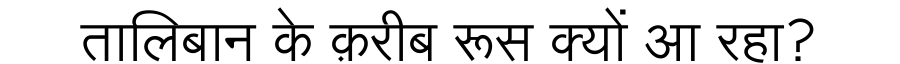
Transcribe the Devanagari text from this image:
तालिबान के क़रीब रूस क्यों आ रहा?